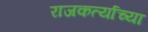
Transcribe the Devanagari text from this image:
राजकर्त्याच्या